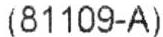
(81109-A)